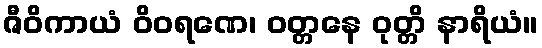
ဇီဝိကာယံ ဝိဝရဏေ၊ ဝတ္တနေ ဝုတ္တိ နာရိယံ။